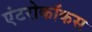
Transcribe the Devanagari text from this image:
एंटरोकॉकस